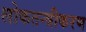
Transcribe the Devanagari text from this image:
लोकतन्‍त्रीकरण